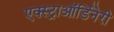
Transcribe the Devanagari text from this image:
एक्स्ट्राऑर्डिनेरी